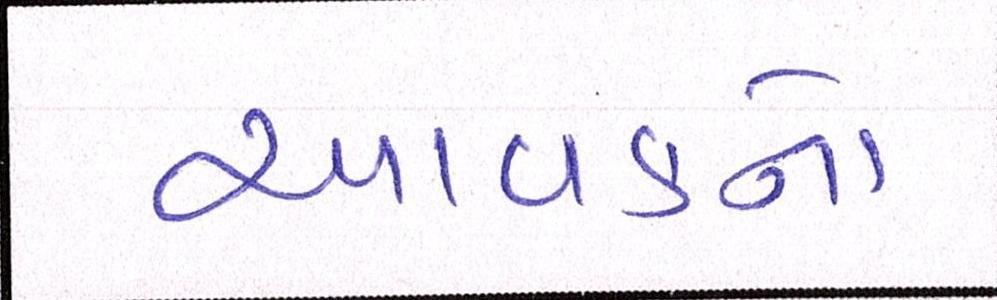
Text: આવકનો